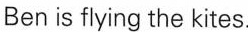
Ben is flying the kites.